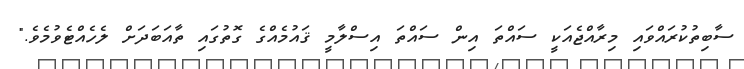
ސާބިތުކުރައްވައި މިރާއްޖެއަކީ ސައްތަ އިން ސައްތަ އިސްލާމީ ޤައުމެއްގެ ގޮތުގައި ތާއަބަދަށް ލެހެއްޓެވުމެވެ."